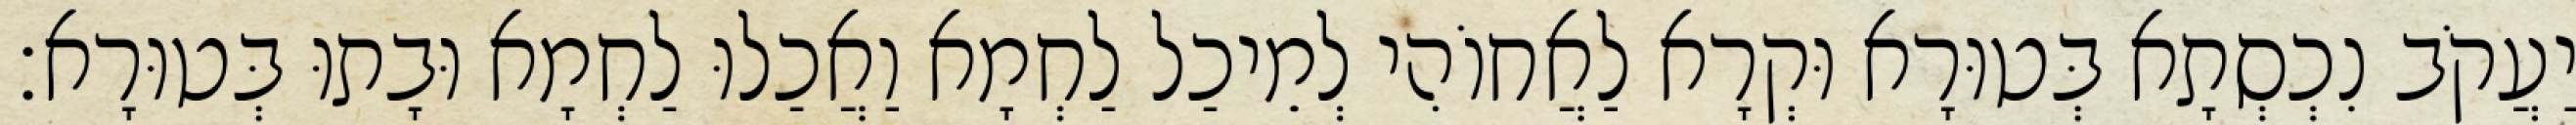
יַעֲקֹב נִכְסְתָא בְּטוּרָא וּקְרָא לַאֲחוֹהִי לְמֵיכַל לַחְמָא וַאֲכַלוּ לַחְמָא וּבָתוּ בְּטוּרָא׃